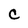
Character: C